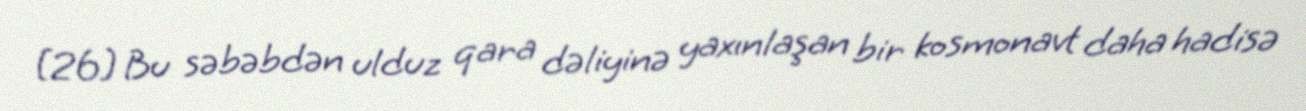
[26] Bu səbəbdən ulduz qara dəliyinə yaxınlaşan bir kosmonavt daha hadisə